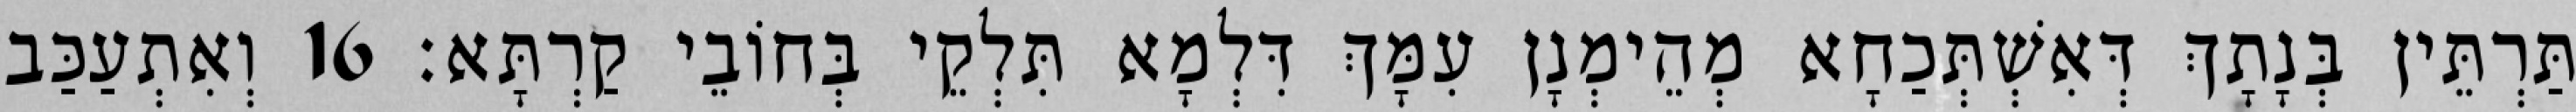
תַּרְתֵּין בְּנָתָךְ דְּאִשְׁתְּכַחָא מְהֵימְנָן עִמָּךְ דִּלְמָא תִּלְקֵי בְּחוֹבֵי קַרְתָּא׃ 16 וְאִתְעַכַּב